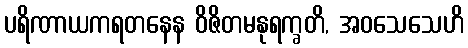
ပရိဏာယကရတနေန ဝိဇိတမနုရက္ခတိ, အဝသေသေဟိ